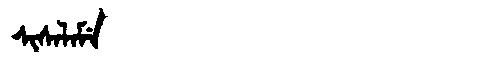
Manchu: ᠰᡳᠰᠠᠯᠠᠮᡝ
Romanization: SISALAME